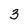
Character: 3